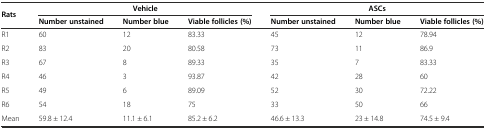
<table><thead><tr><td rowspan="2"><b>Rats</b></td><td colspan="3"><b>Vehicle</b></td><td colspan="3"><b>ASCs</b></td></tr><tr><td><b>Number unstained</b></td><td><b>Number blue</b></td><td><b>Viable follicles (%)</b></td><td><b>Number unstained</b></td><td><b>Number blue</b></td><td><b>Viable follicles (%)</b></td></tr></thead><tbody><tr><td>R1</td><td>60</td><td>12</td><td>83.33</td><td>45</td><td>12</td><td>78.94</td></tr><tr><td>R2</td><td>83</td><td>20</td><td>80.58</td><td>73</td><td>11</td><td>86.9</td></tr><tr><td>R3</td><td>67</td><td>8</td><td>89.33</td><td>35</td><td>7</td><td>83.33</td></tr><tr><td>R4</td><td>46</td><td>3</td><td>93.87</td><td>42</td><td>28</td><td>60</td></tr><tr><td>R5</td><td>49</td><td>6</td><td>89.09</td><td>52</td><td>30</td><td>72.22</td></tr><tr><td>R6</td><td>54</td><td>18</td><td>75</td><td>33</td><td>50</td><td>66</td></tr><tr><td>Mean</td><td>59.8 ± 12.4</td><td>11.1 ± 6.1</td><td>85.2 ± 6.2</td><td>46.6 ± 13.3</td><td>23 ± 14.8</td><td>74.5 ± 9.4</td></tr></tbody></table>